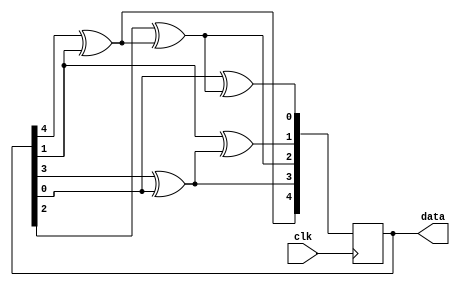
module newxor(clk, data);
input clk;
output reg [4:0] data;
reg [4:0] data_next;
initial 
begin 
data = 5'h1f;
end
always @(posedge clk)
begin
 data_next[4] = data[4]^data[1];
 data_next[3] = data[3]^data[0];
 data_next[2] = data[2]^data_next[4];
 data_next[1] = data[1]^data_next[3];
 data_next[0] = data[0]^data_next[2];
 data = data_next;
end
endmodule